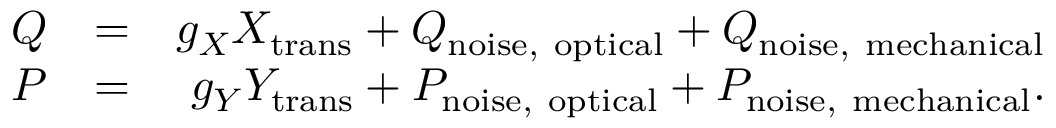
\begin{array} { r l r } { Q } & { = } & { g _ { X } X _ { \mathrm { t r a n s } } + Q _ { \mathrm { n o i s e , ~ o p t i c a l } } + Q _ { \mathrm { n o i s e , ~ m e c h a n i c a l } } } \\ { P } & { = } & { g _ { Y } Y _ { \mathrm { t r a n s } } + P _ { \mathrm { n o i s e , ~ o p t i c a l } } + P _ { \mathrm { n o i s e , ~ m e c h a n i c a l } } . } \end{array}